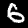
Digit: 6